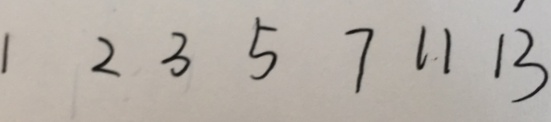
1 2 3 5 7 1 1 1 3